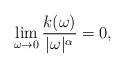
LaTeX: \begin{align*}\lim_{\omega\to 0}{k(\omega)\over |\omega|^\alpha} = 0,\end{align*}